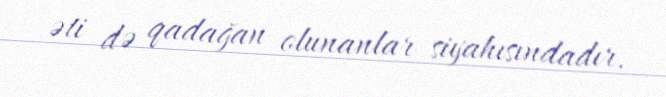
əti də qadağan olunanlar siyahısındadır.